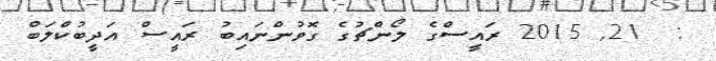
:  21